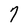
Character: 7